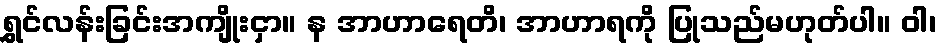
ရွှင်လန်းခြင်းအကျိုးငှာ။ န အာဟာရေတိ၊ အာဟာရကို ပြုသည်မဟုတ်ပါ။ ဝါ၊